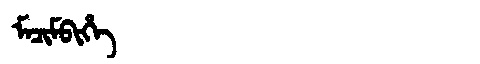
Manchu: ᠮᠠᠴᡳᠮᠪᡳᡥᡝ
Romanization: MACIMBIHE